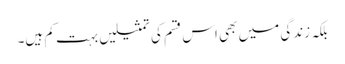
بلکہ زندگی میں بھی اس قسم کی تمثیلیں بہت کم ہیں۔